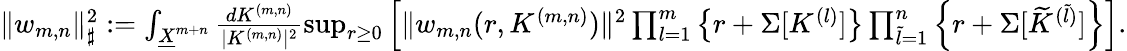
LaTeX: \begin{array}{r}{\| w_{m,n}\| _{\sharp}^{2}:=\int_{\underline{{X}}^{m+n}}\frac{dK^{(m,n)}}{|K^{(m,n)}|^{2}}\operatorname*{sup}_{r\geq 0}\left[\| w_{m,n}(r,K^{(m,n)})\| ^{2}\prod_{l=1}^{m}\left\{ r+\Sigma[K^{(l)}]\right\} \prod_{\widetilde{l}=1}^{n}\left\{ r+\Sigma[\widetilde{K}^{(\widetilde{l})}]\right\} \right].}\end{array}